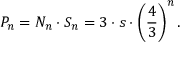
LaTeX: P _ { n } = N _ { n } \cdot S _ { n } = 3 \cdot s \cdot { \left( { \frac { 4 } { 3 } } \right) } ^ { n } \, .